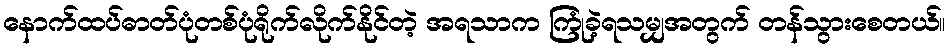
နောက်ထပ်ဓာတ်ပုံတစ်ပုံရိုက်လိုက်နိုင်တဲ့ အရသာက ကြုံခဲ့ရသမျှအတွက် တန်သွားစေတယ်။